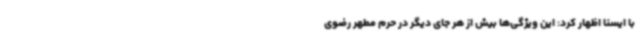
با ایسنا اظهار کرد: این ویژگی‌ها بیش از هر جای دیگر در حرم مطهر رضوی